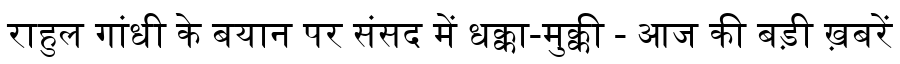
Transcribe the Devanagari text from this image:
राहुल गांधी के बयान पर संसद में धक्का-मुक्की - आज की बड़ी ख़बरें